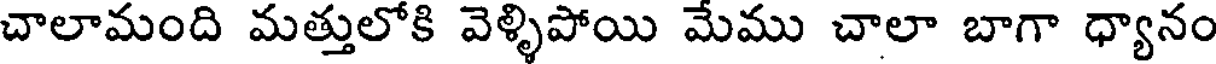
చాలామంది మత్తులోకి వెళ్ళిపోయి మేము చాలా బాగా ధ్యానం